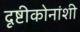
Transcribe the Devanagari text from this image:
दृष्टीकोनांशी